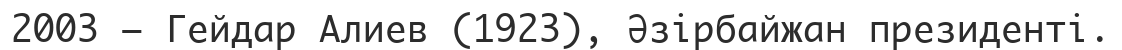
2003 — Гейдар Алиев (1923), Әзірбайжан президенті.